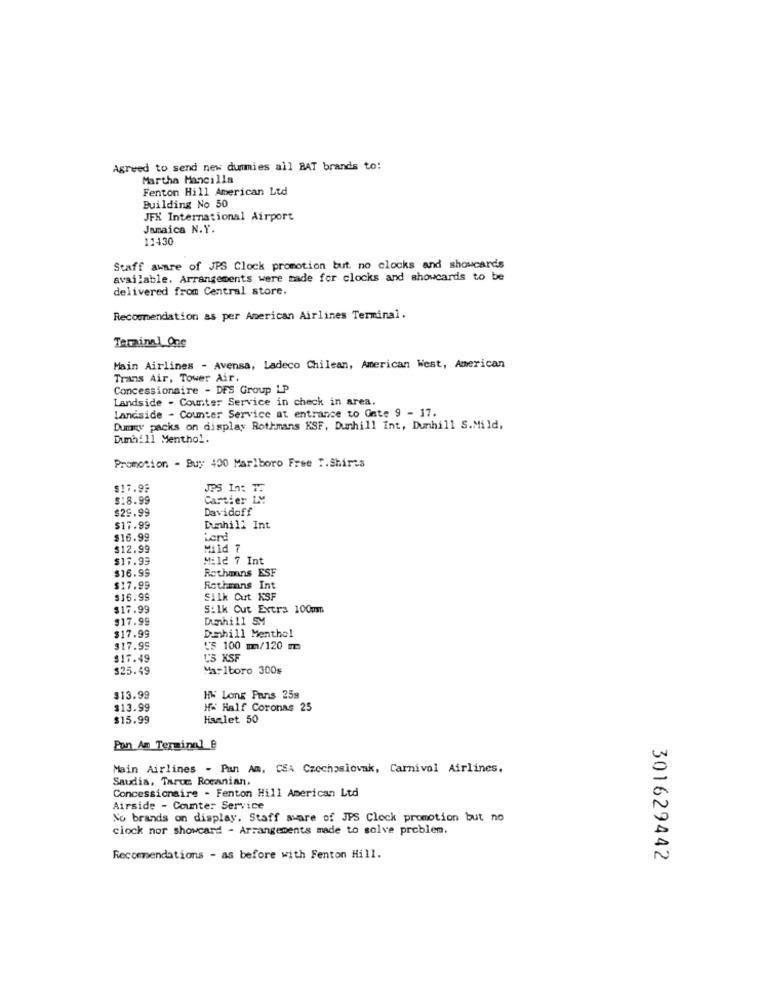
Agreed to send new dummies all BAT brands to:
Martha Mancilla
Fenton Hill American Ltd
Building No 50
JFX International Airport
Jamaica N.Y.
11430
Staff aware of JPS Clock promotion but no clocks and showcards
available. Arrangements were made for clocks and showcards to be
delivered from Central store.
Recommendation as per American Airlines Terminal.
Terminal_One
Main Airlines - Avensa, Ladeco Chilean, American West, American
Trans Air, Tower Air.
Concessionaire - DFS Group LP
Landside - Counter Service in check in area.
Landside - Counter Service at entrance to Gete 9 - 17.
Dumny packs on display Rothmans KSF, Dunhill int, Dunhill S.Mild,
Dunhill Menthol.
Promotion - Buy 400 Marlboro Free T.Shirts
$17.95
$18.99
$29.99
Davidoff
$17.99
Dumhil: Int
$16.99
Lord
$12.99
Mild 7
$17.99
Mild 7 Int
$16.99
Rothmans ESF
$17.99
Rothmans In
$16.99
Silk Cut KSF
$17.99
Silk Cut Extra 100mm
$17.99
Dunhill SM
Dumhill Menthol
$17.99
$17.99
US 100 mm/120 m
$17.49
L'3 XSF
$25.49
Marlboro 300g
$13.99
HW Long Pans 25g
$13.99
HA Half Coronas 25
$15.99
Hisalet 50
Pon Am Terminal_B
Main Airlines - Pan Am, CSA Czechoslovak, Carnival Airlines,
Saudia, Taruc Rocanian.
Concessionaire - Fenton Hill American Ltd
Airside - Counter Service
No brands on display. Staff aware of JPS Clock promotion but no
clock nor showcard - Arrangements made to solve problem.
Recommendations - as before with Fenton Hill.
301629442